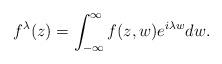
LaTeX: \begin{align*}f^\lambda(z) = \int_{-\infty}^\infty f(z,w) e^{i\lambda w} dw.\end{align*}